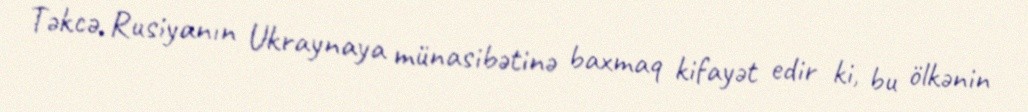
Təkcə, Rusiyanın Ukraynaya münasibətinə baxmaq kifayət edir ki, bu ölkənin